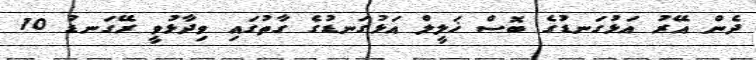
ދެން އޭރު އަޅުގަނޑުގެ ބޮސް ޚަލީލް އަޅުގަނޑުގެ ގާތުގައި ވިދާޅުވީ ރޭގަނޑު 10